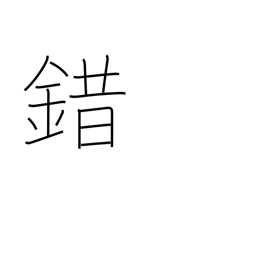
Meaning: confused